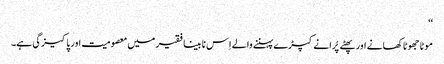
‘‘
موٹا جھوٹا کھانے اور پھٹے پُرانے کپڑے پہننے والے اِس نا بینا فقیر میں معصومیت اور پاکیزگی ہے۔